Scottish Leaving Certificate Examination, 1955
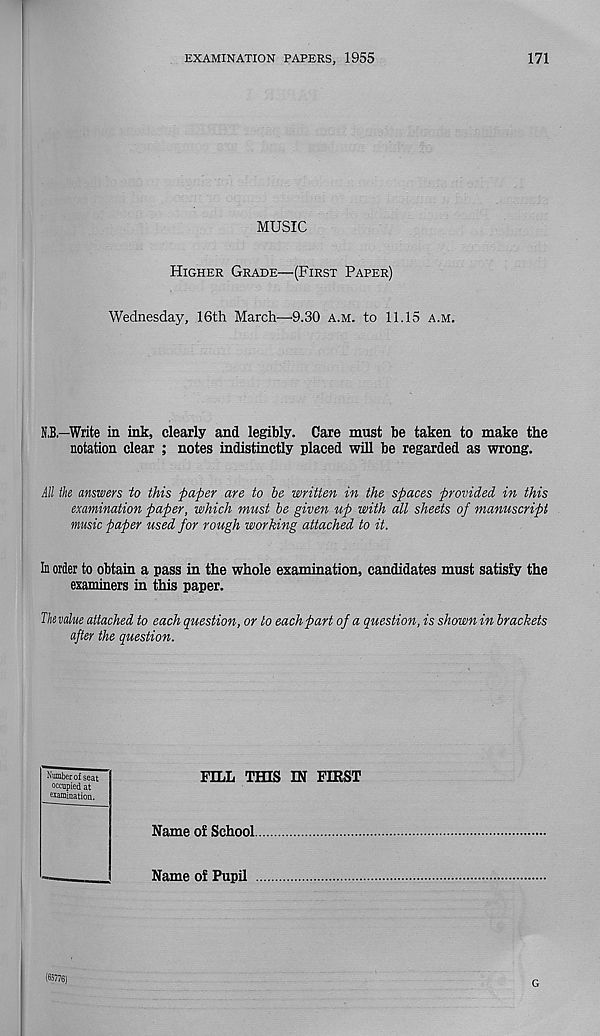
EXAMINATION PAPERS, 1955
171
MUSIC
Higher Grade—(First Paper)
Wednesday, 16th March—9.30 a.m. to 11.15 a.m.
N,B.-Write in ink, clearly and legibly. Care must be taken to make the
notation clear ; notes indistinctly placed will be regarded as wrong.
All the answers to this paper are to he written in the spaces provided in this
examination paper, which must be given up with all sheets of manuscript
music paper used for rough working attached to it.
In order to obtain a pass in the whole examination, candidates must satisfy the
examiners in this paper.
The value attached to each question, or to each part of a question, is shown in brackets
after the question.
FILL THIS IN FIRST
Name of School
Name of Pupil
Number of seat
occupied at
examination.
(65776)
G